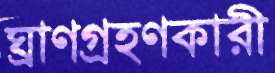
ঘ্রাণগ্রহণকারী